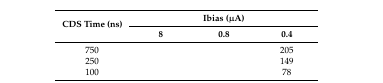
<table><thead><tr><td rowspan="2"><b>CDS Time (ns)</b></td><td colspan="3"><b>Ibias (μA)</b></td></tr><tr><td><b>8</b></td><td><b>0.8</b></td><td><b>0.4</b></td></tr></thead><tbody><tr><td>750</td><td>[EMPTY_CELL]</td><td>[EMPTY_CELL]</td><td>205</td></tr><tr><td>250</td><td>[EMPTY_CELL]</td><td>[EMPTY_CELL]</td><td>149</td></tr><tr><td>100</td><td>[EMPTY_CELL]</td><td>[EMPTY_CELL]</td><td>78</td></tr></tbody></table>